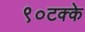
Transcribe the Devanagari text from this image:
९०टक्के